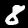
Digit: 8